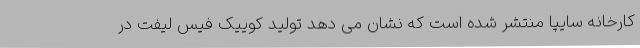
کارخانه سایپا منتشر شده است که نشان می دهد تولید کوییک فیس لیفت در